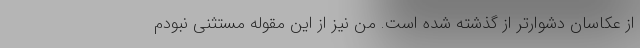
از عکاسان دشوارتر از گذشته شده است. من نیز از این مقوله مستثنی نبودم